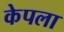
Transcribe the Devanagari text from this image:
केपला